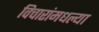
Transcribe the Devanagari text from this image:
विचारांमधल्या